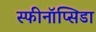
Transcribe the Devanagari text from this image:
स्फीनॉप्सिडा